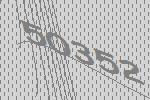
50352